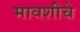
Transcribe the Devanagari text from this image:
मावशीचे